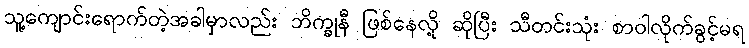
သူ့ကျောင်းရောက်တဲ့အခါမှာလည်း ဘိက္ခုနီ ဖြစ်နေလို့ ဆိုပြီး သီတင်းသုံး စာဝါလိုက်ခွင့်မရ